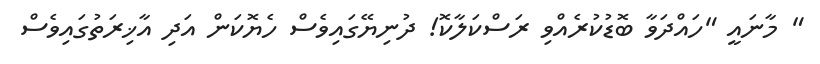
" މާނައީ "ހައްދަވާ ބޮޑުކުރެއްވި ރަސްކަލާކޮ! ދުނިޔޭގައިވެސް ހެޔޮކަން އަދި އާޚިރަތުގައިވެސް